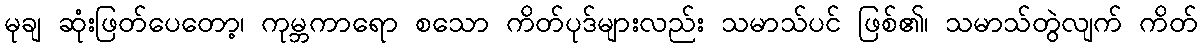
မုချ ဆုံးဖြတ်ပေတော့၊ ကုမ္ဘကာရော စသော ကိတ်ပုဒ်များလည်း သမာသ်ပင် ဖြစ်၏၊ သမာသ်တွဲလျက် ကိတ်